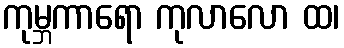
ကုမ္ဘကာရော ကုလာလော ထ၊